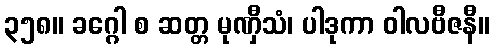
၃၅၈။ ခဂ္ဂေါ စ ဆတ္တ မုဏှီသံ၊ ပါဒုကာ ဝါလဗီဇနီ။